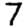
Digit: 7